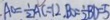
A O = \frac { 1 } { 2 } A C = 1 2 , B O = \frac { 1 } { 2 } B D = 5